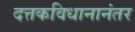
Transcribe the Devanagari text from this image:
दत्तकविधानानंतर